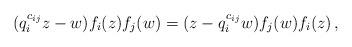
LaTeX: \begin{align*} (q_i^{c_{ij}}z-w)f_i(z)f_j(w)=(z-q_i^{c_{ij}}w)f_j(w)f_i(z) \,,\end{align*}